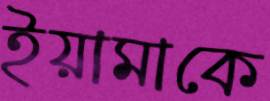
ইয়ামাকে